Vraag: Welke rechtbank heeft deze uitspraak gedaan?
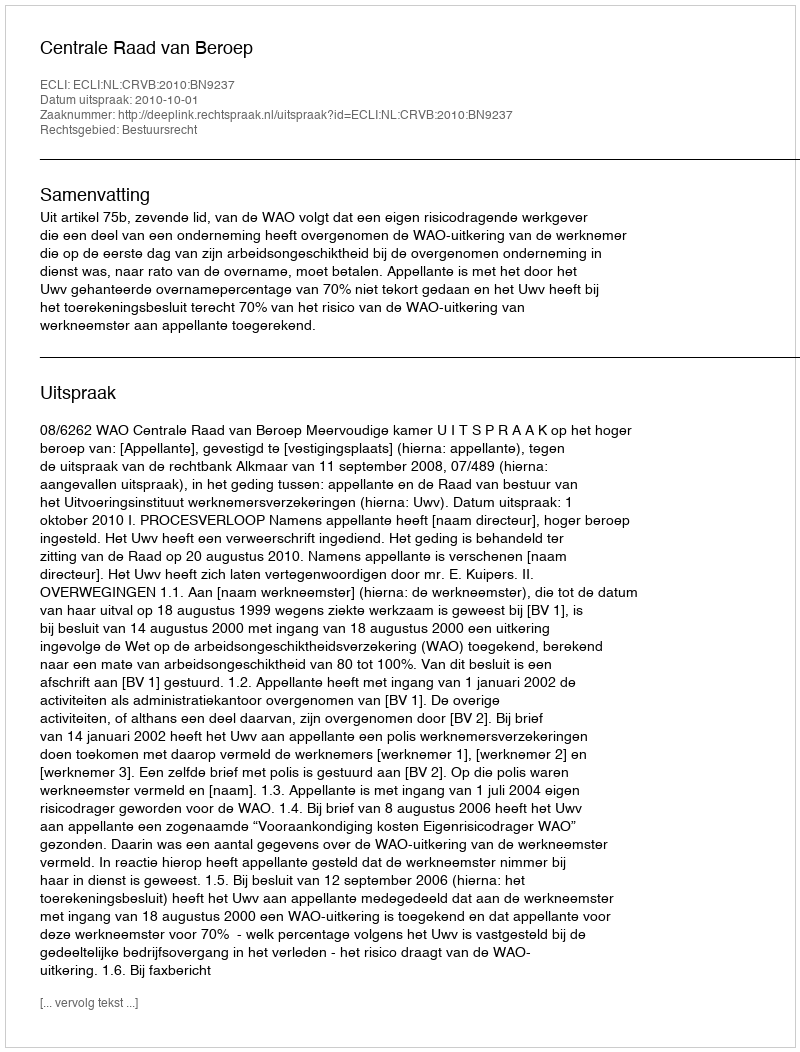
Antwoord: Centrale Raad van Beroep